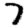
Digit: 7